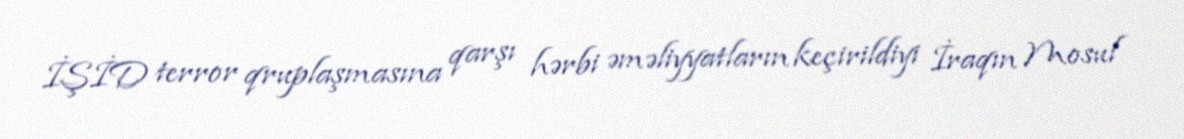
İŞİD terror qruplaşmasına qarşı hərbi əməliyyatların keçirildiyi İraqın Mosul